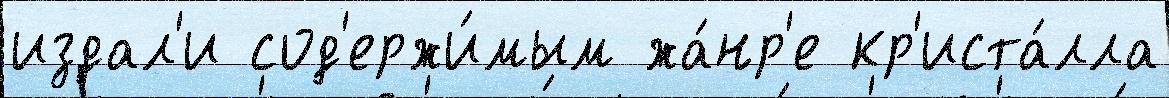
издал'и сод'ержи́мым жа́нр'е кр'иста́лла